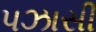
પઝાસી